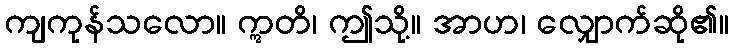
ကျကုန်သလော။ ဣတိ၊ ဤသို့။ အာဟ၊ လျှောက်ဆို၏။